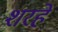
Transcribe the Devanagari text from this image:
शरहे